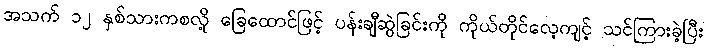
အသက် ၁၂ နှစ်သားကစလို့ ခြေထောင်ဖြင့် ပန်းချီဆွဲခြင်းကို ကိုယ်တိုင်လေ့ကျင့် သင်ကြားခဲ့ပြီး